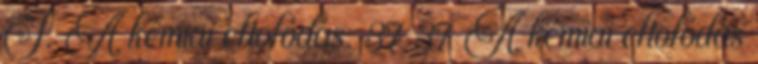
I. A kémiai eltolódás. 37 37 A kémiai eltolódás